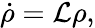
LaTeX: \dot{\rho}=\mathcal{L}\rho,